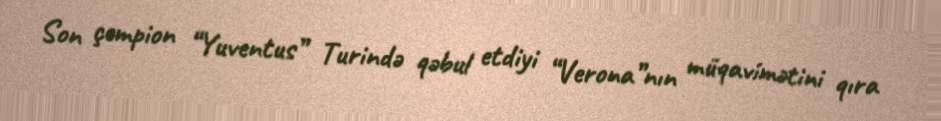
Son çempion “Yuventus” Turində qəbul etdiyi “Verona”nın müqavimətini qıra